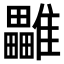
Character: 𩁜